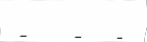
-    -   -